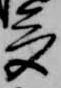
多